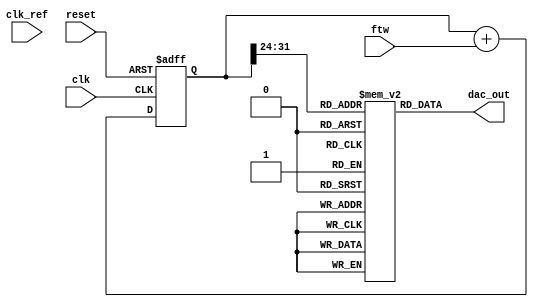
module dds_with_pll (
    input wire clk,                 // System Clock
    input wire reset,               // Asynchronous reset
    input wire [31:0] ftw,          // Frequency Tuning Word
    input wire clk_ref,             // Reference clock for PLL
    output reg [15:0] dac_out       // DAC output (amplitude)
);

// Parameters
parameter ACCUMULATOR_WIDTH = 32; // Width of the phase accumulator
parameter LUT_SIZE = 256;          // Size of LUT for sine wave
parameter MAX_PHASE = (1 << ACCUMULATOR_WIDTH) - 1; // Maximum phase value

// Phase Accumulator
reg [ACCUMULATOR_WIDTH-1:0] phase_accumulator;
wire [ACCUMULATOR_WIDTH-1:0] phase_next;

// Look-up Table for sine wave
reg [15:0] sine_lut [0:LUT_SIZE-1]; // Sine look-up table

// PLL Variables
reg [15:0] phase_error; // Placeholder for phase error from PLL

// Initialize sine lookup table (assuming values have been precomputed)
initial begin
    // Fill sine_lut with precomputed sine wave values here...
    // Example: sine_lut[0] = 16'h8000; // 0 degrees, 32768 in signed
    // Fill all the way to sine_lut[255] for a full sine wave
end

// Phase Accumulator Logic
always @(posedge clk or posedge reset) begin
    if (reset) begin
        phase_accumulator <= 0;
    end else begin
        phase_accumulator <= phase_next;
    end
end

assign phase_next = phase_accumulator + ftw;

// DAC Output from Lookup Table
always @(*) begin
    dac_out = sine_lut[phase_accumulator[ACCUMULATOR_WIDTH-1:ACCUMULATOR_WIDTH-8]];
end

// PLL Control Logic (simplified)
always @(posedge clk_ref) begin
    // Placeholder for PLL logic
    // Calculate phase error and adjust VCO frequency here
    // Update control signals for the PLL if necessary
end

endmodule